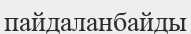
пайдаланбайды